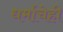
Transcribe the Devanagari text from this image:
धर्माचेही